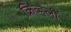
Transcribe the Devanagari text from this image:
क्रिव्हेली